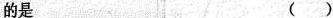
的是 ( )